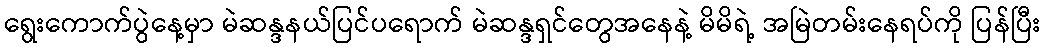
ရွေးကောက်ပွဲနေ့မှာ မဲဆန္ဒနယ်ပြင်ပရောက် မဲဆန္ဒရှင်တွေအနေနဲ့ မိမိရဲ့ အမြဲတမ်းနေရပ်ကို ပြန်ပြီး